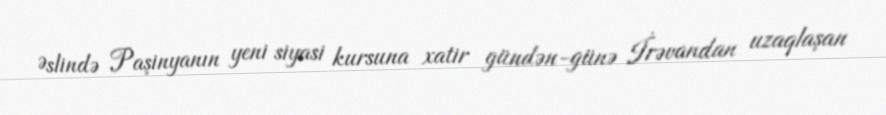
Əslində Paşinyanın yeni siyasi kursuna xatir gündən-günə İrəvandan uzaqlaşan